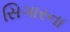
સિગારના